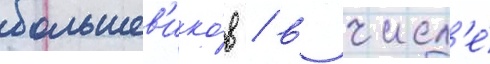
большев'ико́в / в числ'е́